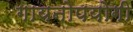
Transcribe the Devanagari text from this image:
गायनोपयोगी